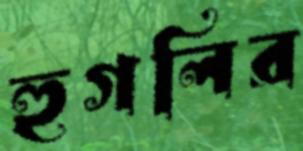
হুগলির